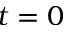
t = 0